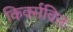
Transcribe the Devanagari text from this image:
किर्क्सविल